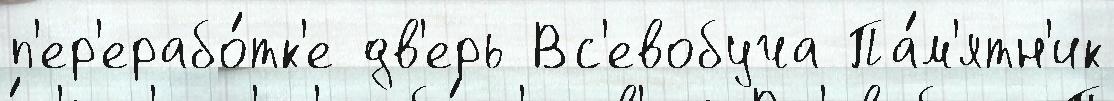
п'ер'ерабо́тк'е дв'ерь Вс'евобуча Па́м'ятн'ик